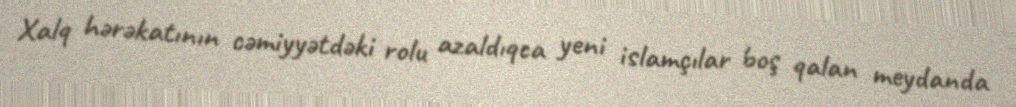
Xalq hərəkatının cəmiyyətdəki rolu azaldıqca yeni islamçılar boş qalan meydanda